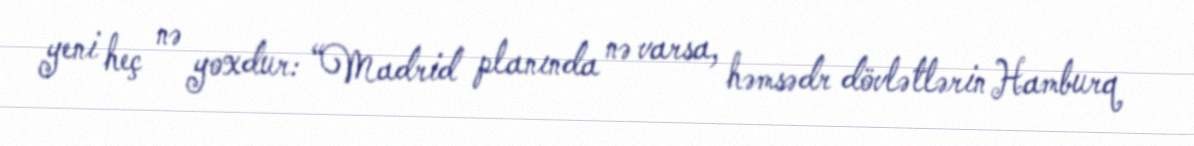
yeni heç nə yoxdur: “Madrid planında nə varsa, həmsədr dövlətlərin Hamburq